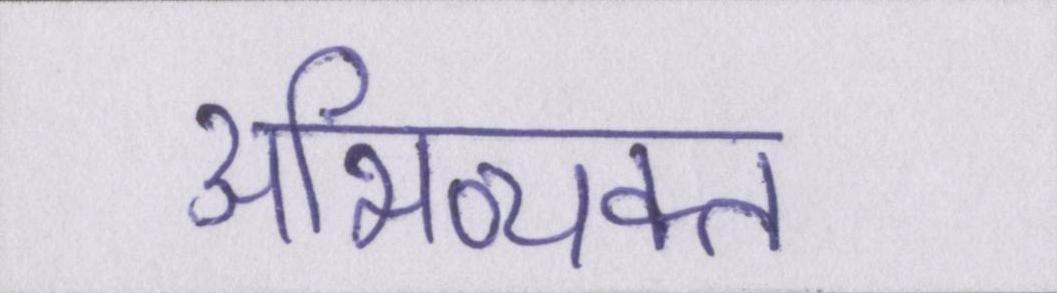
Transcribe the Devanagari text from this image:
अभिव्यक्त